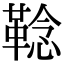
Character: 𩋏